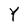
Character: Y